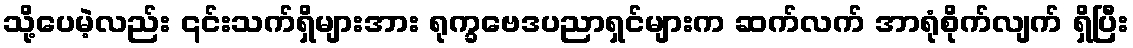
သို့ပေမဲ့လည်း ၎င်းသက်ရှိများအား ရုက္ခဗေဒပညာရှင်များက ဆက်လက် အာရုံစိုက်လျက် ရှိပြီး